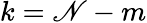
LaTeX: k=\mathscr{N}-m